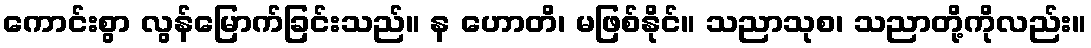
ကောင်းစွာ လွန်မြောက်ခြင်းသည်။ န ဟောတိ၊ မဖြစ်နိုင်။ သညာသုစ၊ သညာတို့ကိုလည်း။